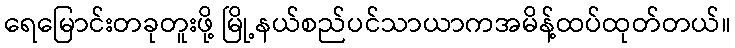
ရေမြောင်းတခုတူးဖို့ မြို့နယ်စည်ပင်သာယာကအမိန့်ထပ်ထုတ်တယ်။